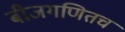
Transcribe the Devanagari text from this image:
बीजगणितच